Report of the Municipal Commissioner on the plague in Bombay for the year ending 31st May... - Volume 1
Disease focus: Plague
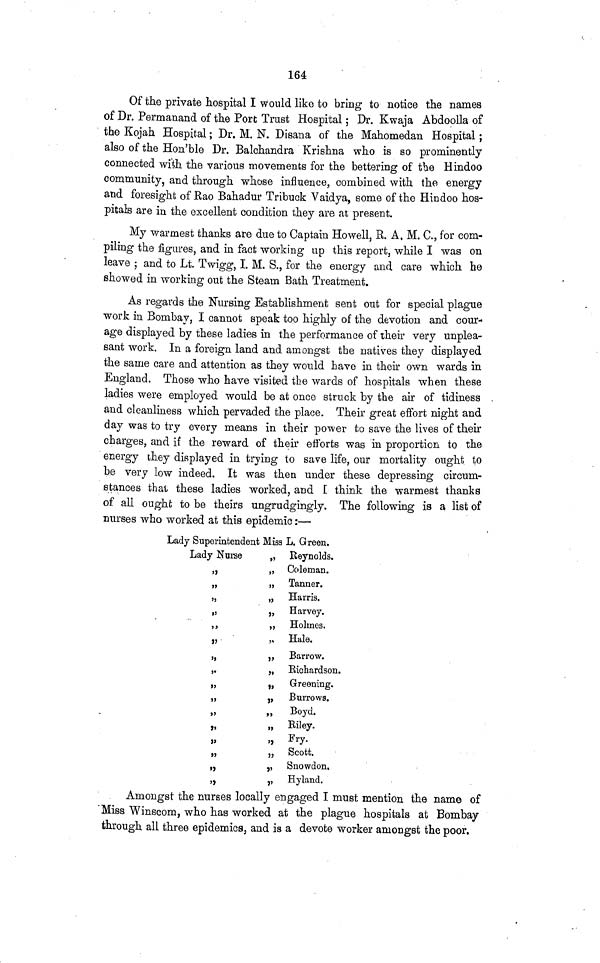
164
Of the private hospital I would like to bring to notice the names
of Dr. Permanand of the Port Trust Hospital; Dr. Kwaja Abdoolla of
the Kojah Hospital; Dr. M. N. Disana of the Mahomedan Hospital;
also of the Hon'ble Dr. Balchandra Krishna who is so prominently
connected with the various movements for the bettering of the Hindoo
community, and through whose influence, combined with the energy
and foresight of Rao Bahadur Tribuck Vaidya, some of the Hindoo hos-
pitals are in the excellent condition they are at present.
My warmest thanks are due to Captain Howell, R. A. M. C., for com-
piling the figures, and in fact working up this report, while I was on
leave ; and to Lt. Twigg, I. M. S., for the energy and care which he
showed in working out the Steam Bath Treatment.
As regards the Nursing Establishment sent out for special plague
work in Bombay, I cannot speak too highly of the devotion and cour-
age displayed by these ladies in the performance of their very unplea-
sant work. In a foreign land and amongst the natives they displayed
the same care and attention as they would have in their own wards in
England. Those who have visited the wards of hospitals when these
ladies were employed would be at once struck by the air of tidiness
and cleanliness which pervaded the place. Their great effort night and
day was to try every means in their power to save the lives of their
charges, and if the reward of their efforts was in proportion to the
energy they displayed in trying to save life, our mortality ought to
be very low indeed. It was then under these depressing circum-
stances that these ladies worked, and I think the warmest thanks
of all ought to be theirs ungrudgingly. The following is a list of
nurses who worked at this epidemic:—
Lady Superintendent
Lady Nurse
„
„
„
„
„
„
„
„
„
„
„
Miss L. Green.
Reynolds.
Coleman.
Tanner.
Harris.
Harvey.
Holmes.
Hale.
Barrow.
Richardson.
Greening.
Burrows.
Boyd.
Riley.
Fry.
Scott.
Snowdon.
Hyland.
Amongst the nurses locally engaged I must mention the name of
Miss Winscom, who has worked at the plague hospitals at Bombay
through all three epidemics, and is a devote worker amongst the poor.